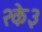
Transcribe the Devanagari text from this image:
२के३